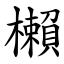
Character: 櫴